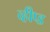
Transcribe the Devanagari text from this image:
व्हीप्ड